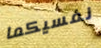
نفسيكما